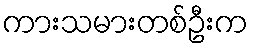
ကားသမားတစ်ဦးက